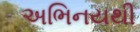
અભિનયથી